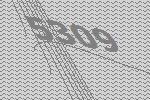
5309